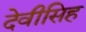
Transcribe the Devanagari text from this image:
देवीसिह